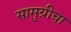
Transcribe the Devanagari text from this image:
सामुग्रीचा